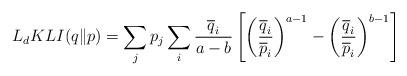
LaTeX: \begin{align*}L_{d}KLI(q\|p)=\sum_{j}p_{j}\sum_{i}\frac{\overline{q}_{i}}{a-b}\left[\left(\frac{\overline{q}_{i}}{\overline{p}_{i}}\right)^{a-1}-\left(\frac{\overline{q}_{i}}{\overline{p}_{i}}\right)^{b-1}\right] \end{align*}